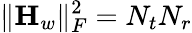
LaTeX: \| {\mathbf{H}_{w}}\| _{F}^{2}=N_{t}N_{r}